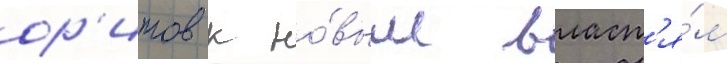
ор'итов к но́вым власт'я́м